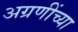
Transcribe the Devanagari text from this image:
अग्रणींच्या